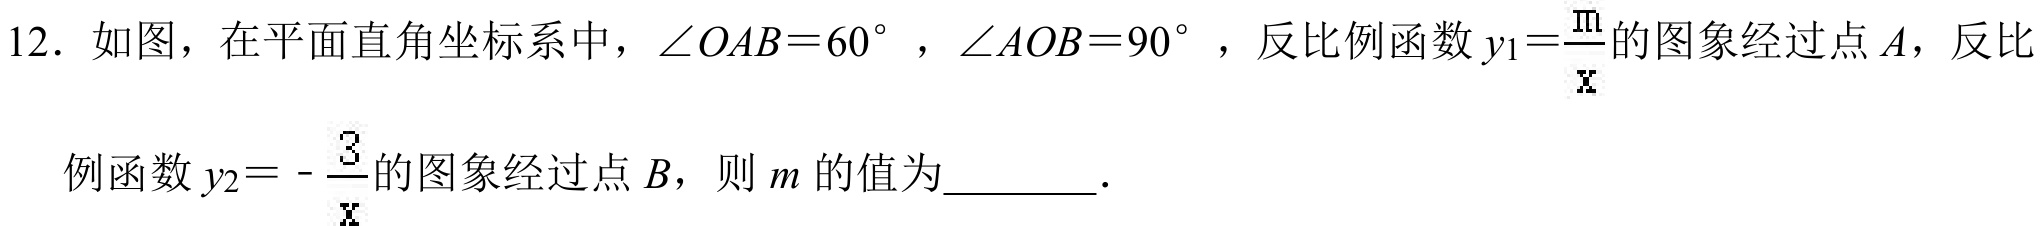
12．如图，在平面直角坐标系中，\(\angle OAB = 60^{\circ}\)，\(\angle AOB = 90^{\circ}\)，反比例函数\(y_{1}=\frac{m}{x}\)的图象经过点\(A\)，反比
例函数\(y_{2}=-\frac{3}{x}\)的图象经过点\(B\)，则\(m\)的值为________．